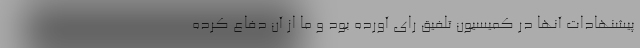
پیشنهادات آنها در کمیسیون تلفیق رای آورده بود و ما از آن دفاع کرده